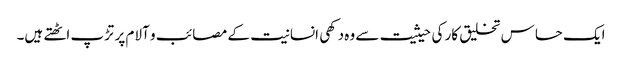
ایک حساس تخلیق کار کی حیثیت سے وہ دکھی انسانیت کے مصائب و آلام پر تڑپ اٹھتے ہیں۔